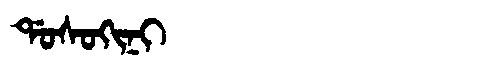
Manchu: ᡩᠣᠰᠣᡴᡳᠨᡳ
Romanization: DOSOKINI